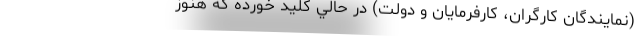
(نمايندگان كارگران، كارفرمايان و دولت) در حالي كليد خورده كه هنوز